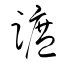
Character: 蹠